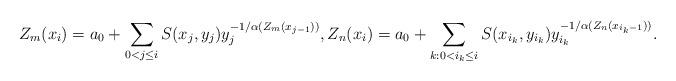
LaTeX: \begin{align*}Z_m(x_i) = a_0 +\sum_{0<j\leq i} S(x_j,y_j)y_j^{-1/\alpha (Z_m(x_{j-1}))},Z_n(x_i) = a_0 +\sum_{k: 0<i_k\leq i} S(x_{i_k},y_{i_k})y_{i_k}^{-1/\alpha (Z_n(x_{{i_k}-1}))}. \end{align*}